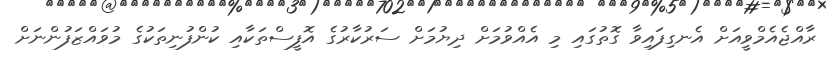
ރާއްޖެއެމްވީއަށް އެނގިފައިވާ ގޮތުގައި މި އެއްވުމަށް ދިޔުމަށް ސަރުކާރުގެ އޮފީސްތަކާއި ކުންފުނިތަކުގެ މުވައްޒަފުންނަށް